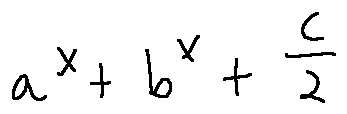
a ^ { x } + b ^ { x } + \frac { c } { 2 }